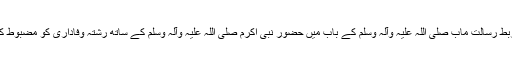
اور یہ ربط رسالت ماٰب صلی اللہ علیہ وآلہ وسلم کے باب میں حضور نبی اکرم صلی اللہ علیہ وآلہ وسلم کے ساتھ رشتہ وفاداری کو مضبوط کرنا ہے۔